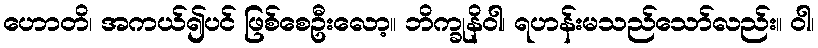
ဟောတိ၊ အကယ်၍ပင် ဖြစ်စေဦးလော့။ ဘိက္ခုနိဝါ၊ ရဟန်းမသည်သော်လည်း။ ဝါ၊